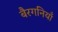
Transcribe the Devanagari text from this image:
बैरगनियाँ